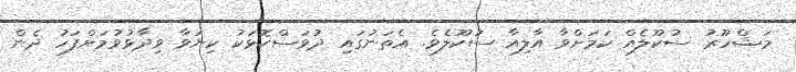
މަޝްހޫރު ސުކޫލެއް ކަމަށްވާ އާލިއާ ސުކޫލެވެ. އެތަނުގައި ދުވަސްކޮޅަކު ކިޔަވާ ވިދާޅުވުމަށްފަހު ދެން